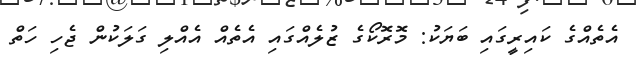
އެތެއްގެ ކައިރީގައި ބަޔަކު: މޮރޮކޯގެ ޒުލެއްގައި އެތެއް އެއްލި ގަލަކުން ޖެހި ހަތް